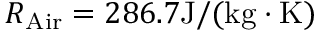
R _ { \mathrm { { A i r } } } = 2 8 6 . 7 \mathrm { { J / ( k g \cdot K ) } }